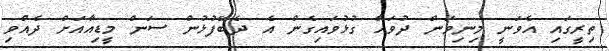
ތިރީގައި އެވަނީ މިނިވަން ދުވަހާ ގުޅުވައިގެން އެ ދެބޭފުޅުން ސަން މީޑިއާއަށް ދެއްވި